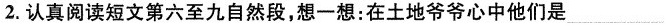
2.认真阅读短文第六至九自然段，想一想：在土地爷爷心中他们是___